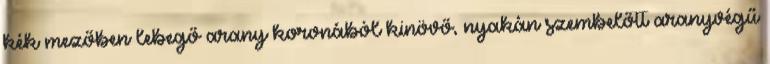
kék mezőben lebegő arany koronából kinövő, nyakán szembelőtt aranyvégű